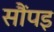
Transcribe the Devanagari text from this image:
सौंपइ